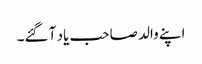
اپنے والد صاحب یاد آ گئے۔